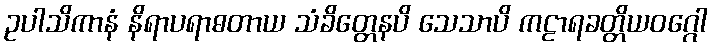
ဥပါသိကာနံ နိရာပရာဓတာယ သံခိတ္တေနပိ သေသာပိ ကဠာရခတ္တိယဝဂ္ဂေါ